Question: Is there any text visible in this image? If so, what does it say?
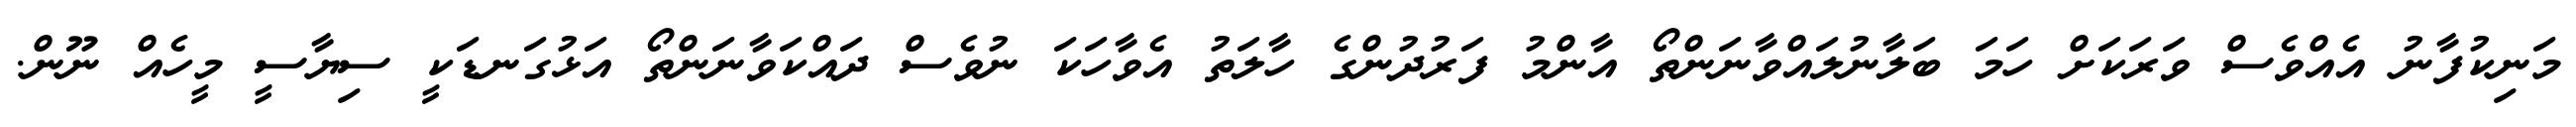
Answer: މަނިކުފާނު އެއްވެސް ވަރަކަށް ހަމަ ބަލާނުލައްވާނަންތޯ އާންމު ފަރުދުންގެ ހާލަތު އެވާހަކަ ނުވެސް ދައްކަވާނަންތޯ އަޅުގަނޑަކީ ސިޔާސީ މީހެއް ނޫން.